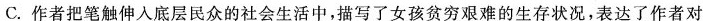
C.作者把笔触伸入底层民众的社会生活中，描写了女孩贫穷艰难的生存状况，表达了作者对